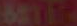
BATTE